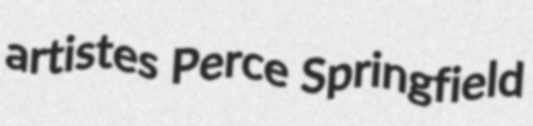
artistes Perce Springfield